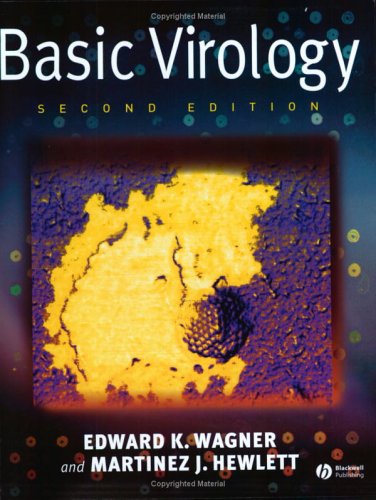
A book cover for Basic Virology; Edward K. Wagner; Medical Books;